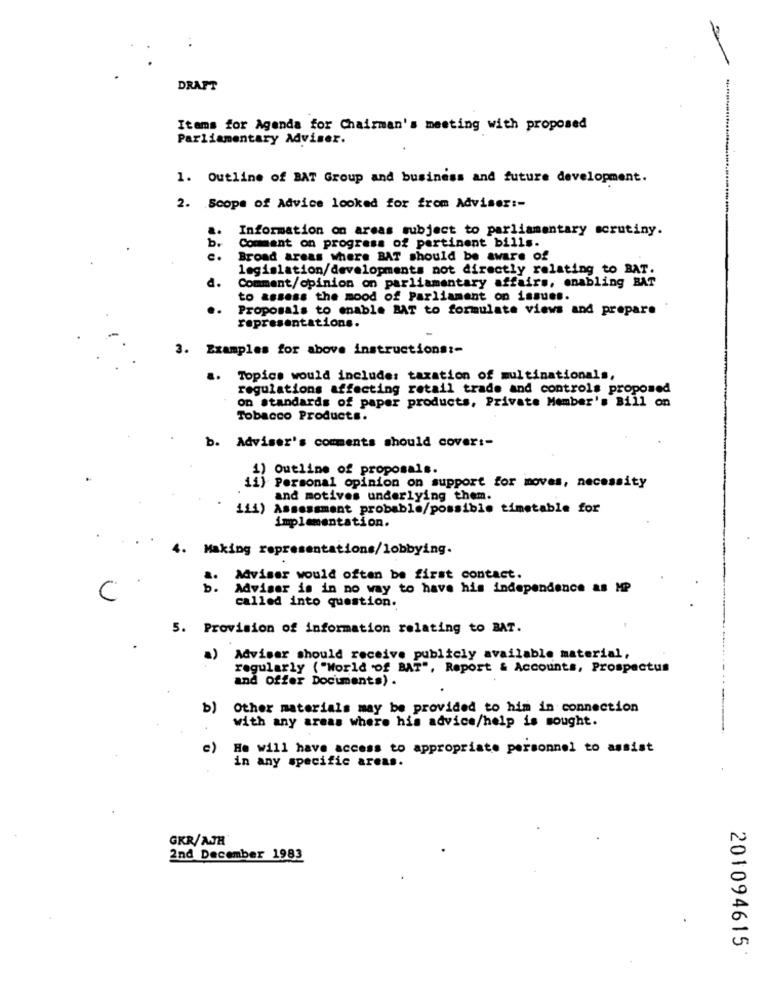
DRAFT
Items for Agenda for Chairman's meeting with proposed
Parliamentary Adviser.
1. Outline of BAT Group and business and future development.
2. Scope of Advice looked for from Adviser :-
Information on areas subject to parliamentary scrutiny.
b.
Comment on progress of pertinent bills.
e.
Broad areas where BAT should be aware of
legislation/developments not directly relating to BAT.
Comment/opinion on parliamentary affairs, enabling BAT
d.
to assess the mood of Parliament on issues.
..
Proposals to enable BAT to formulate views and prepare
representations.
3. Examples for above instructions :-
..
Topics would include: taxation of multinationals,
regulations affecting retail trade and controls proposed
on standards of paper products, Private Member's Bill on
Tobacco Products.
b. Adviser's comments should cover :-
1) Outline of proposals.
ii) Personal opinion on support for moves, necessity
and motives underlying them.
111) Assessment probable/possible timetable for
implementation.
4. Making representations/lobbying.
Adviser would often be first contact.
b. Adviser is in no way to have his independence as MP
C
called into question.
5. Provision of information relating to BAT.
a) Adviser should receive publicly available material,
regularly ( "World of BAT", Report & Accounts, Prospectus
and offer Documents) .
b)
Other materials may be provided to him in connection
with any areas where his advice/help is sought.
c)
He will have access to appropriate personnel to assist
in any specific areas.
GKR/AJR
2nd December 1983
201094615